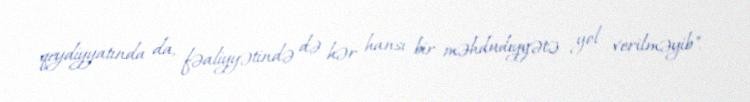
qeydiyyatında da, fəaliyyətində də hər hansı bir məhdudiyyətə yol verilməyib".